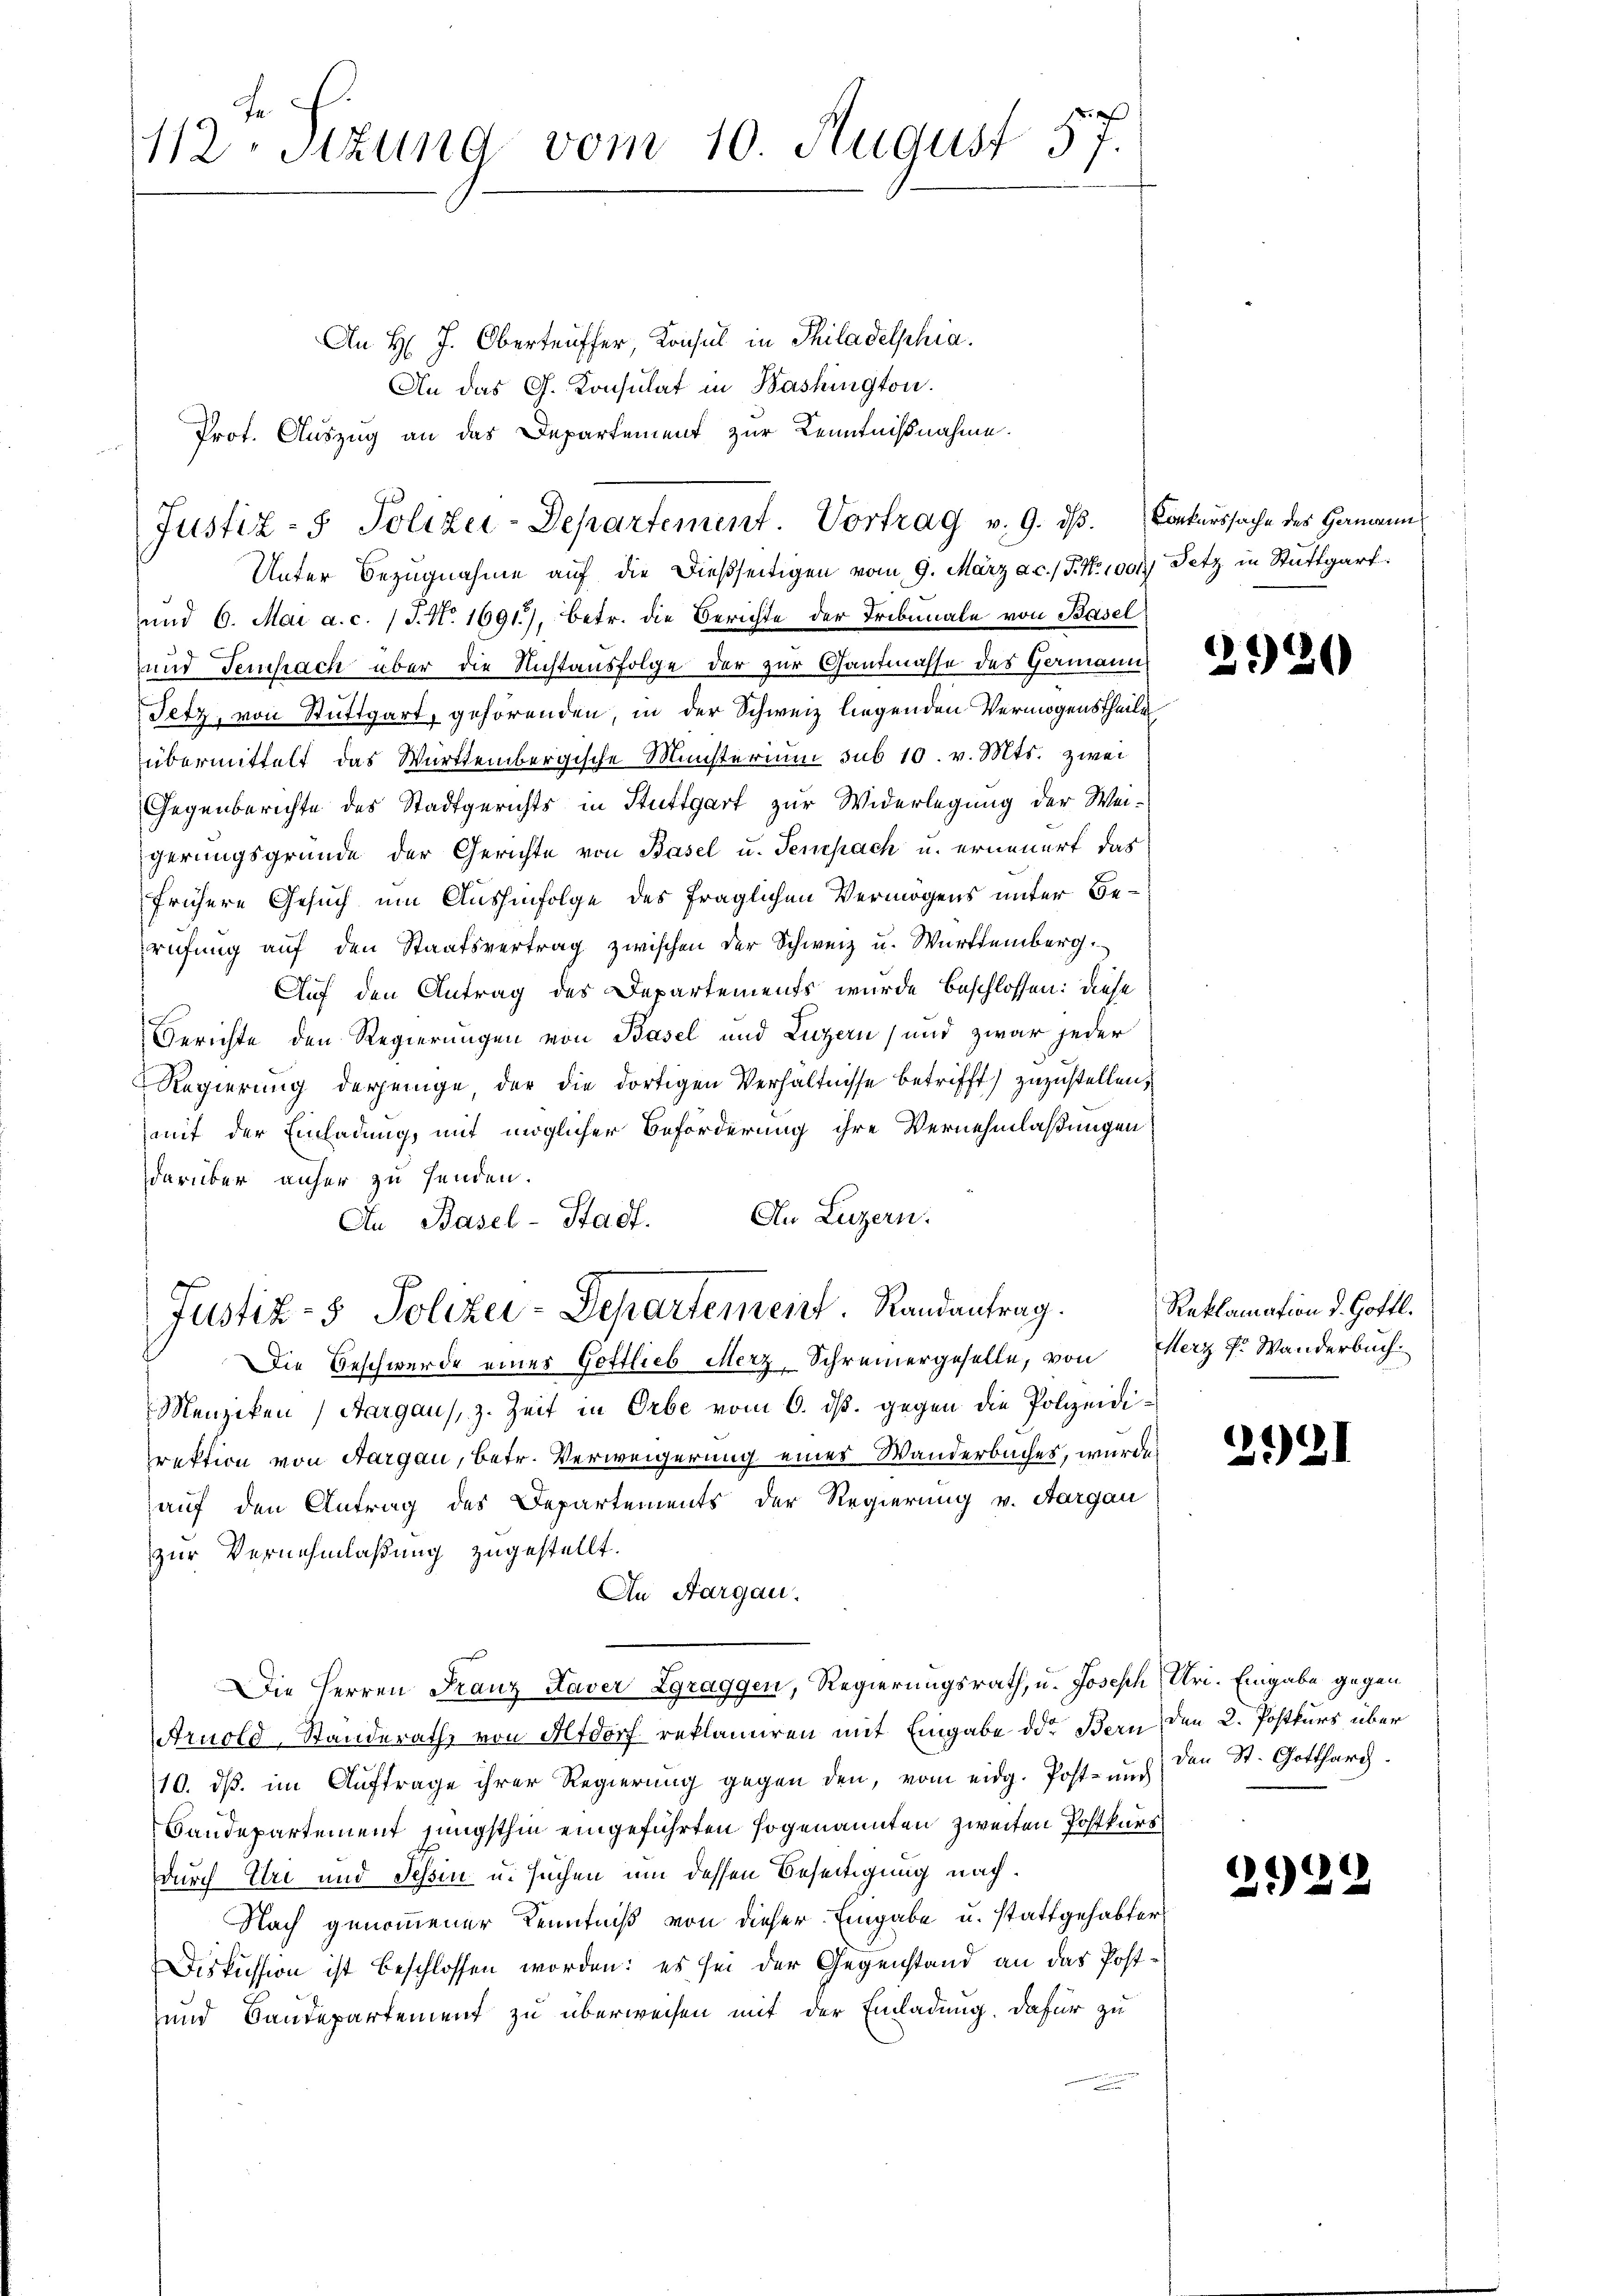
fr. f.
112 Stzung vom 10. August 57.

An H. J. Obertriffer, Konsul in Philadelphia
An das G. Konsulat in Bashington.
Prof. Auszug an das Departement zur Kenntnißnahme.
Unter Bezugnahme auf die dießseitigen vom 9. März a.c. (T. N. 1001) Tetz in Stuttgart
und 6. Mai a.c. (T. N. 1691), betr. die Berichte der Tribunale von Basel
und Feuchach über die Nichtausfolge der zur Gantmasse des Germann
Tetz, von Stuttgart, gehörenden, in der Schweiz liegenden Vermögenstheile
übermittelt das Württembergische Münsterium sub 10. v. Mts. zwei
Gegenberichte des Stadtgerichts in Stuttgart zur Widerlegung der Weigerungsgründe der Gerichte von Basel u. Sempach u. erneuert das
frühere Gesuch um Aushinfolge des fraglichen Vermögens unter Berufung auf den Staatsvertrag zwischen der Schweiz u. Württemberg.
Auf den Antrag des Departements wurde beschlossen: diese
Gerichte den Regierungen von Basel und Luzern, und zwar jeder
Regierung derjenige, der die dortigen Verhältnisse betrifft zuzustellen,
mit der Einladung, mit möglicher Beförderung ihre Vernehmlaßungen
darüber anher zu senden.
An Basel-Stadt. An Luzern.
Justiz- & Polizei-Departement. Randantrag.
Die Beschwerde eines Gottlieb Merz, Schreinergeselle, von Merz f. Wanderbuch
Menziken (Aargaus, z. Zeit in Orbe vom 6. ds. gegen die Polizeidirektion von Aargau, betr. Verweigerung eines Wanderbaches, wurde
auf den Antrag des Departements der Regierung v. Aargau
zur Vernehmlaßung zugestellt.
An Aargau.
Die Herren Franz Kaver Zgraggen, Regierungsrath, u. Joseph Uri. Eingabe gegen
Arnold-Standerath von Altdorf reklamiren mit Eingabe der Bern den 2. Postkurs über
10. ds. im Auftrage ihrer Regierung gegen den, vom eidg. Post- und den St. Gottharc
Baudepartement jüngsthin eingeführten sogenannten zweiten Postkurs
durch Uri und Tessin u. suchen um dessen Beseitigung nach¬
Nach genommener Kenntniß von dieser Eingabe u. stattgehabter
Diskussion ist beschlossen worden: es sei der Gegenstand an das Post¬
und Baudepartement zu überweisen mit der Einladung. Dafür zu

Justiz- & Polizei-Departement. Vortrag v. 9. dβ. Conkurssache des Hamanns

2920

Reklamation d. Gottl.

2

1

212.